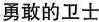
勇敢的卫士